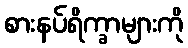
စားနပ်ရိက္ခာများကို